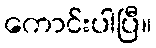
ကောင်းပါပြီ။